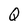
Character: Q